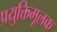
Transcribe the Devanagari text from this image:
प्रयुक्तिमूलक